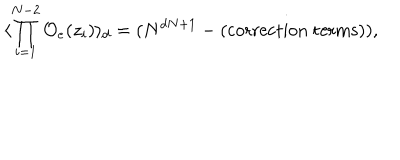
\langle \prod _ { i = 1 } ^ { N - 2 } { \cal O } _ { e } ( z _ { i } ) \rangle _ { d } = ( N ^ { d N + 1 } - ( \mathrm { c o r r e c t i o n ~ t e r m s } ) ) ,